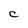
Character: C